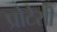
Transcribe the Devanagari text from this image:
प्रोटेसी